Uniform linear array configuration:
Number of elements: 64
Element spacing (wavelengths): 0.25
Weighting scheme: uniform
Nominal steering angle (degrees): -45
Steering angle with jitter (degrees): -46.681
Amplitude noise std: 0.05
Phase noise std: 0.05

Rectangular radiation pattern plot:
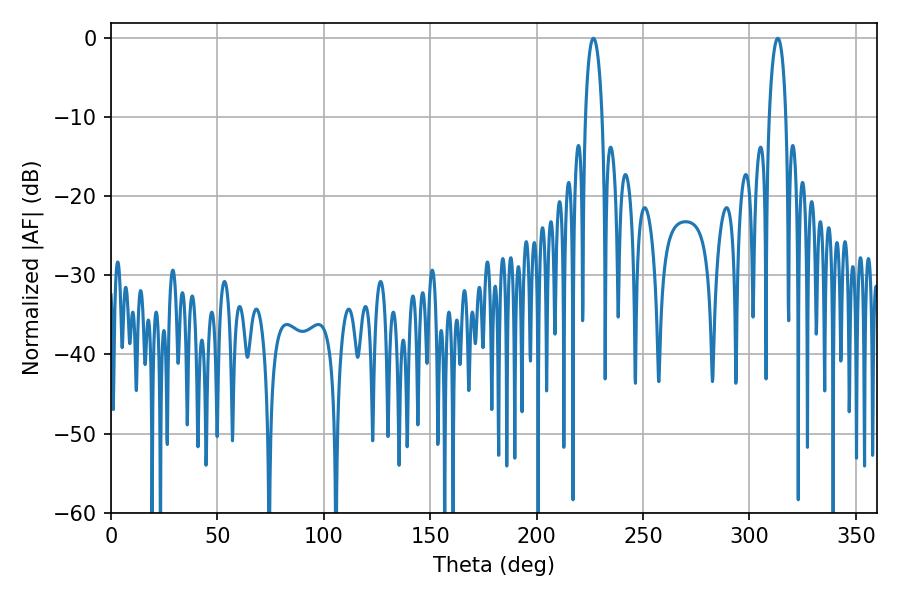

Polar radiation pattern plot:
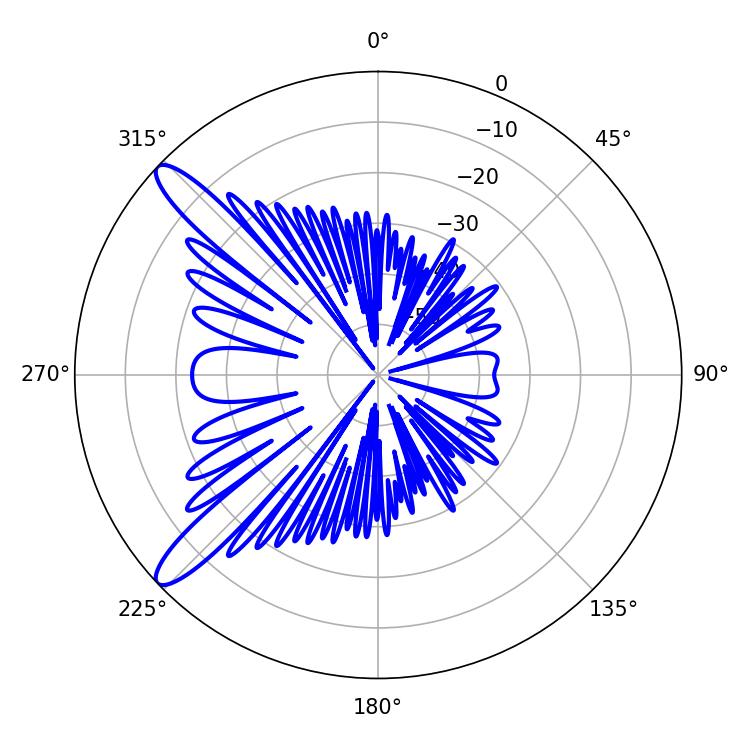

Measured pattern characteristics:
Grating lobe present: FALSE
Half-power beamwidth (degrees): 4.5
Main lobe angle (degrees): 226.62